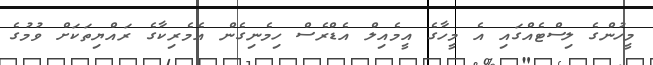
މީހުންގެ ލިސްޓެއްގައި އެ މީހާގެ އީމެއިލް އެޑްރެސް ހިމެނިގެން އެމެރިކާގެ ރައްޔިތަކަށް ވުމުގެ